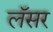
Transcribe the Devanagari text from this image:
लॅसर